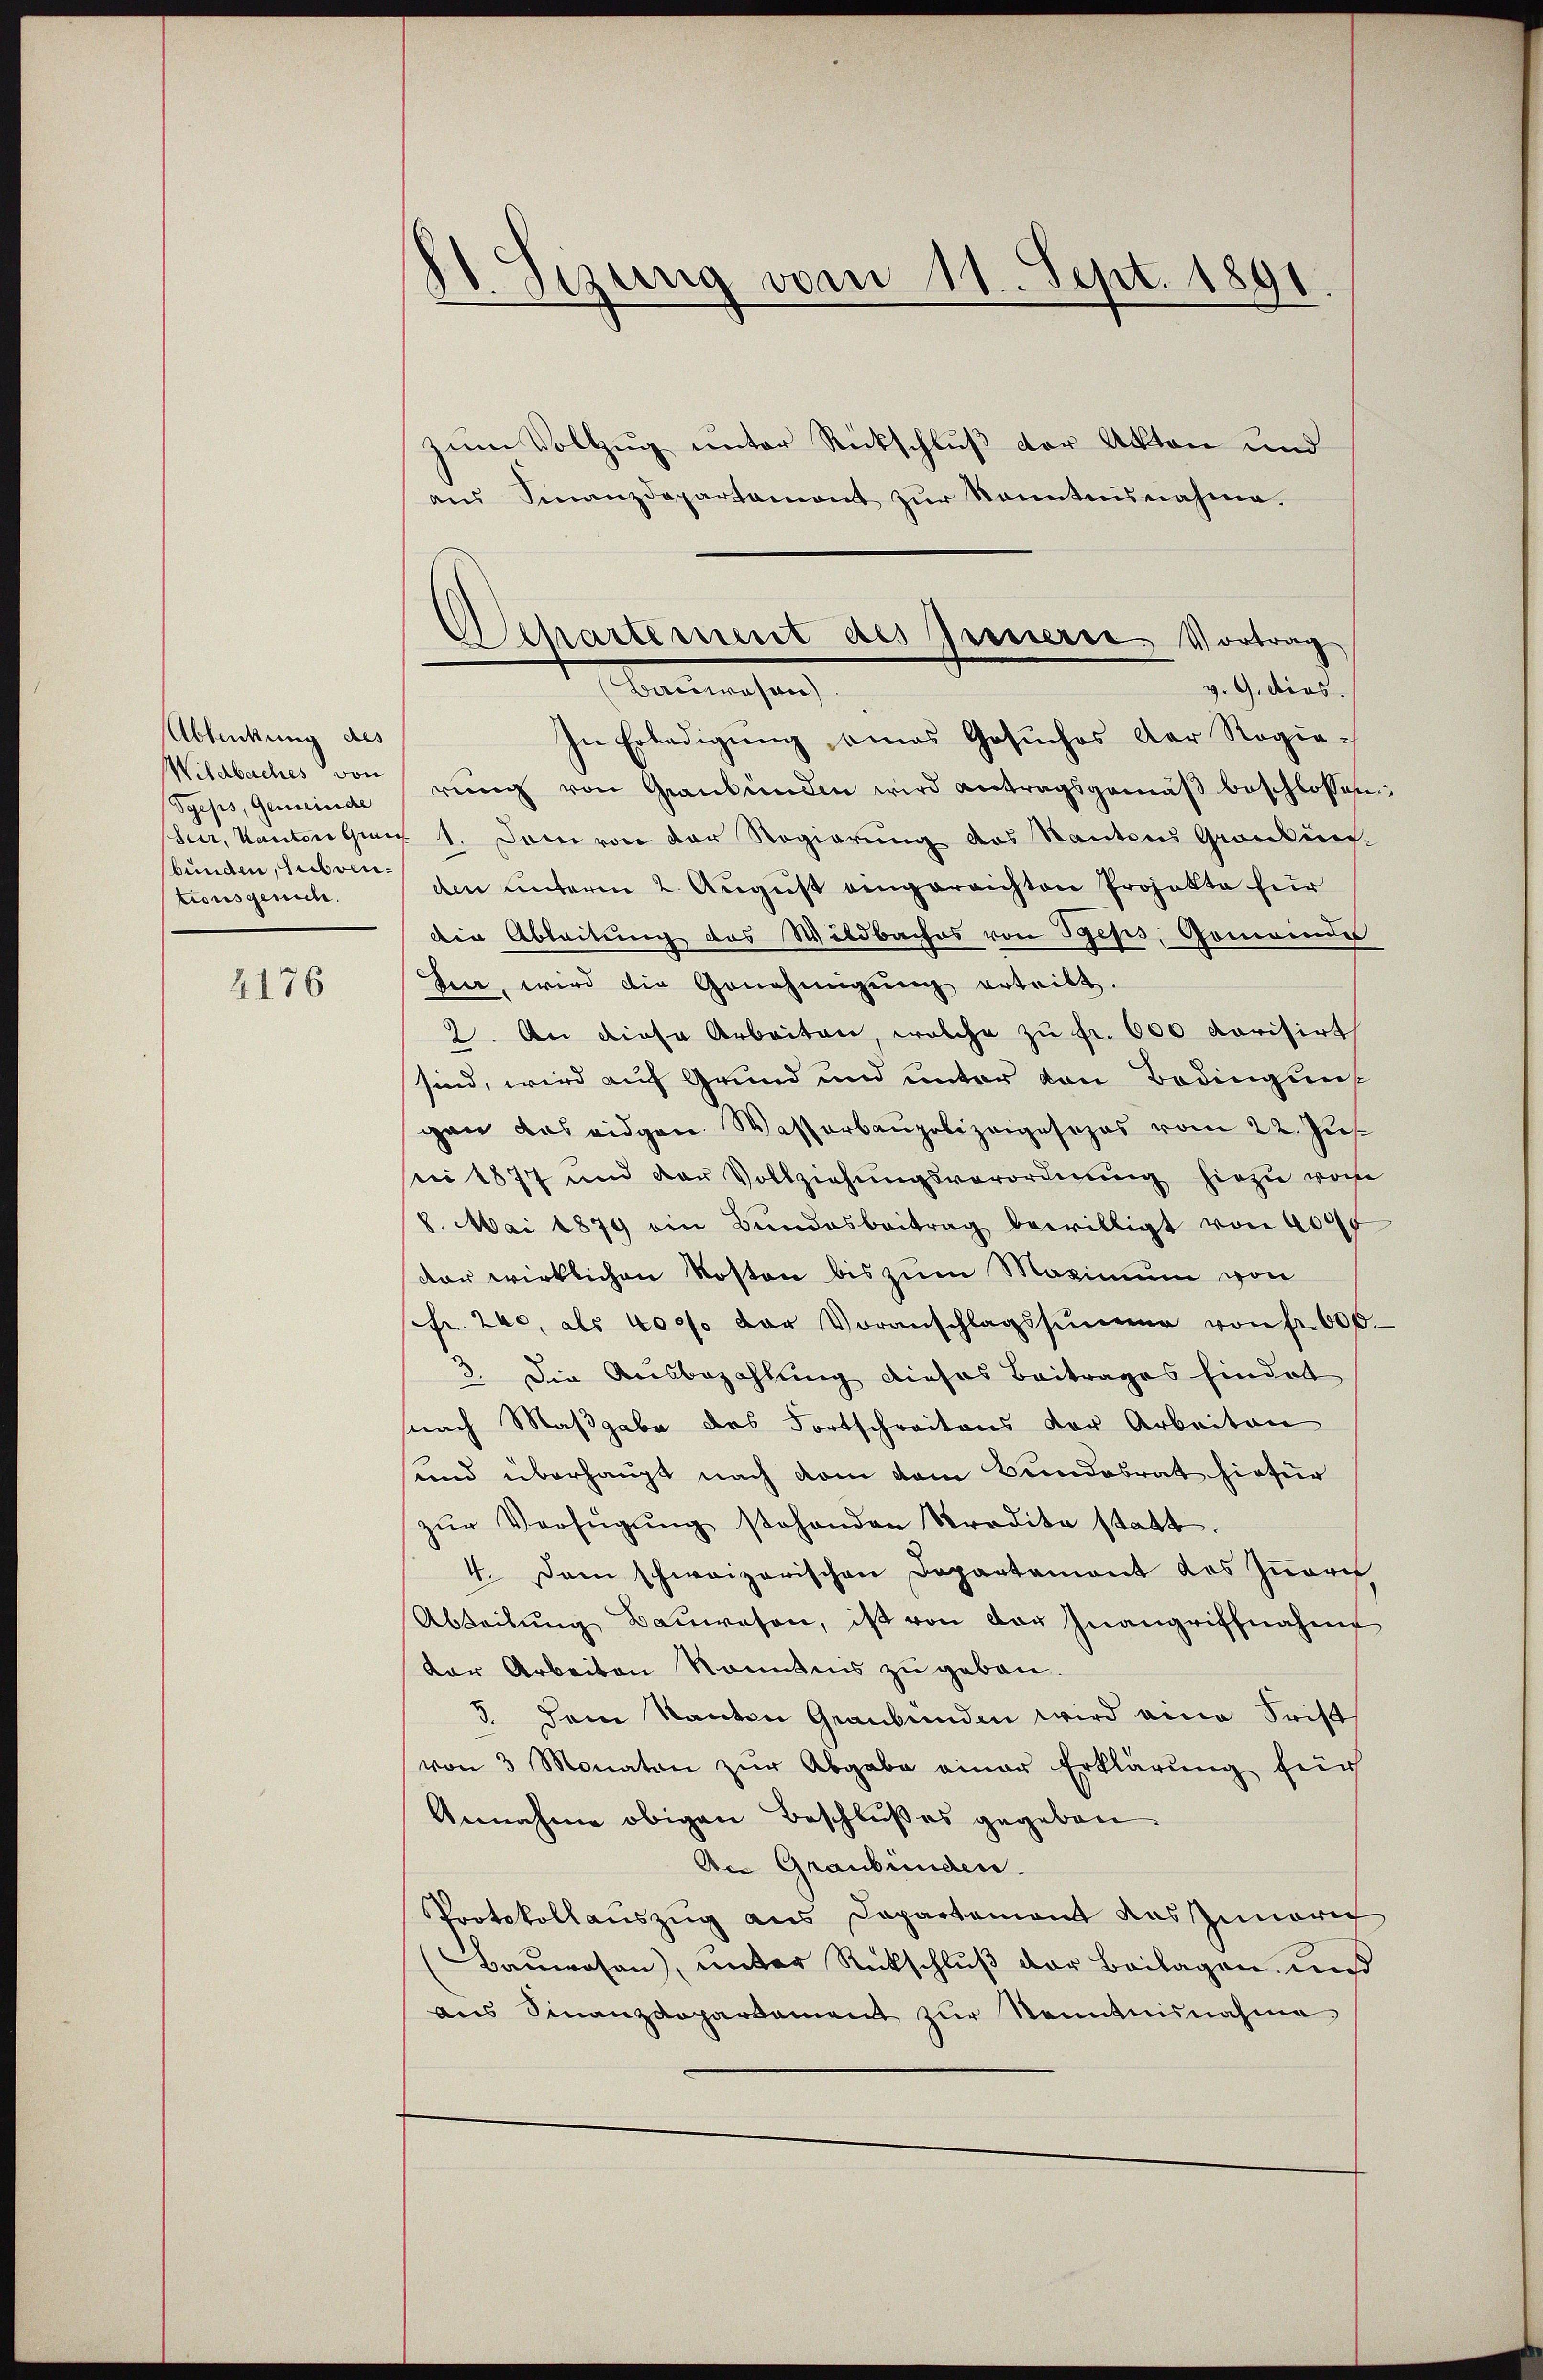
Ablenkung des
Wildbaches von
Pyeps, Gemeinde
bunden, Subventionsgesuch.

2176

1. Sizung vom 11. Sept. 1891

zum Vollzug unter Rückschluß der Akten und

Departement des Innern, Vortrag
barmachen
v. 9. dios.

aŭs Finanzdepartament zŭr Kenntnisnahme.
In Erledigung eines Gesuches der Regierŭng von Graubünden wird antragsgemäβ beschlossen:
Sur, Kanton Graz 1. Dem von der Regierung des Kantons Gronkün-
den unterm 2. August eingerrichten Projekte für
die Ableitung des Wildbaches von Pips, Gemeindes
Zeir, wird die Genehmigŭng erteilt.
2. An diese Arbeiten, welche zu fr. 600 dorisirt
sind, wird auf Grund und unter von Bedingung
gen das eidgen. Wasserbaupolizeigesezes vom 22. Jus
sii 1877 und der Vollziehŭngsverordnung hiezu vom
8. Mai 1879 ein Bŭndesbeitrag bewilligt von 400f
dar wirklichen Kosten bis zum Maximum von
sfr. 240, als 400 der Voranschlagssumme von fr. 600.
3. Die Ausbezahlung dieses Beitrages hindet
nach Maßgabe des Fortschreitens der Arbeiten
sund überhaupt nach dem vom Bundesrat hiefür
zŭr Verfügŭng stehenden Kredita statt.
4. Dem schweizerischen Departement des Innere
Abteilŭng Baŭwesen, ist von der Inangriffnahme
der Arbeiten Kenntnis zu geben.
3. dem Kanton Graubünden wird eine Frist
von 3 Monaten zŭr Abgabe einer Erklärung für
Annahme obigen Beschlußes gegeben
An Graubünden.
Protokollauszug aus Dapartement des Zinoret
(Baŭwesen), ŭnter Rückschlŭβ der Beilagen und
aus Finanzdepartament zŭr Kenntnisnahme